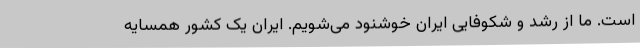
است. ما از رشد و شکوفایی ایران خوشنود می‌شویم. ایران یک کشور همسایه